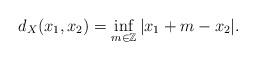
LaTeX: \begin{align*}d_X(x_1,x_2)=\inf_{m\in\mathbb Z}|x_1+m-x_2|.\end{align*}